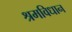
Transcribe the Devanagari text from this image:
श्रमविधान